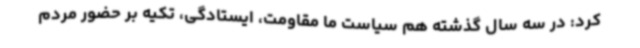
کرد: در سه سال گذشته هم سیاست ما مقاومت، ایستادگی، تکیه بر حضور مردم